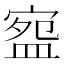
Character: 𭾅